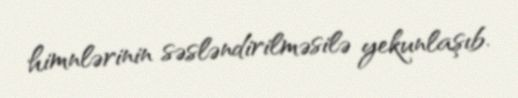
himnlərinin səsləndirilməsilə yekunlaşıb.